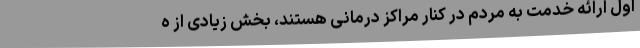
اول ارائه خدمت به مردم در کنار مراکز درمانی هستند، بخش زیادی از ه